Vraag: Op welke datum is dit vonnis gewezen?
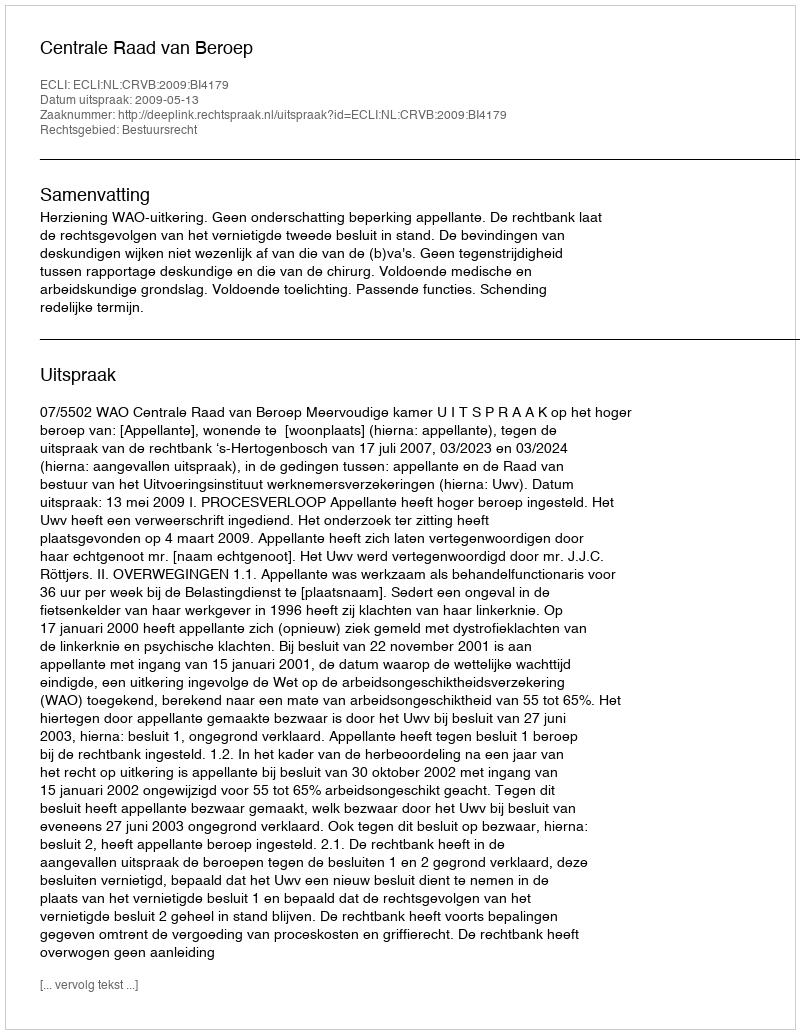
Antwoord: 2009-05-13